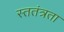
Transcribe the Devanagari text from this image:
स्ततंत्रता